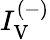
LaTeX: I_{\mathrm{V}}^{(-)}